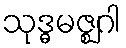
သုဒ္ဓမဇ္ဈဂါ